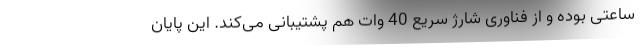
ساعتی بوده و از فناوری شارژ سریع 40 وات هم پشتیبانی می‌کند. این پایان